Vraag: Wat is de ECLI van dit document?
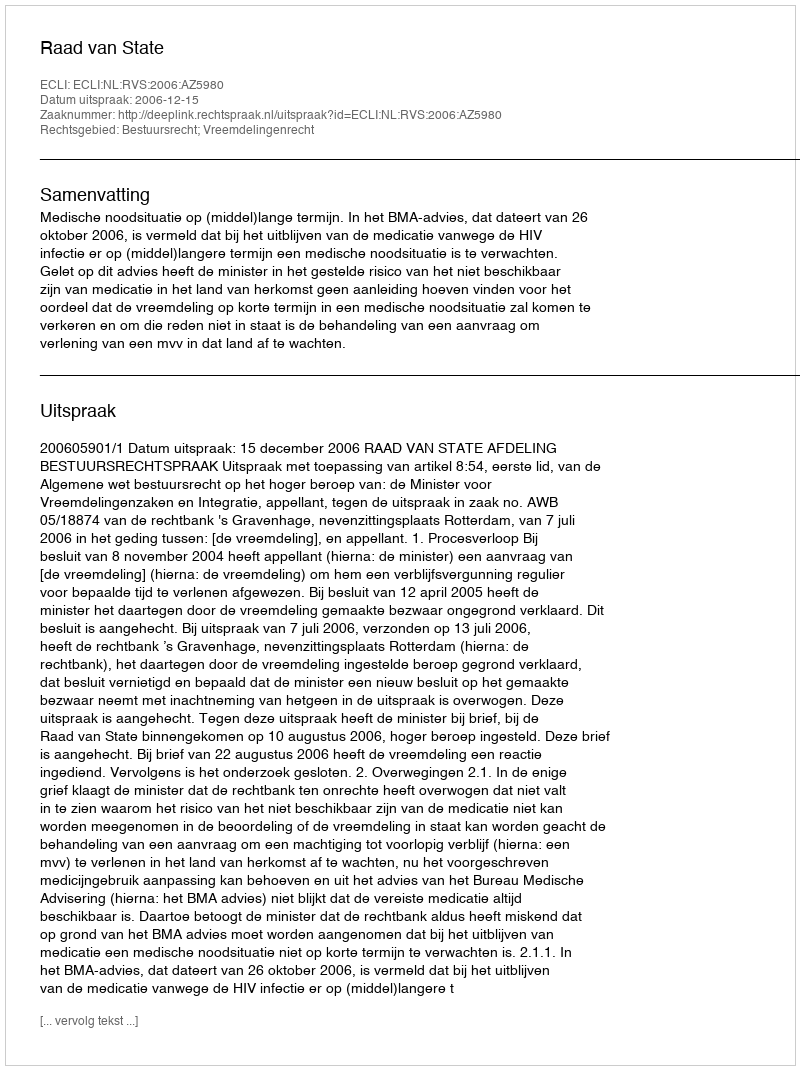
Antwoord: ECLI:NL:RVS:2006:AZ5980